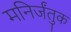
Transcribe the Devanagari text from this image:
मनिर्जंतुक